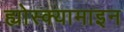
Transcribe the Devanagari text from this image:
ह्योस्क्यामाइन